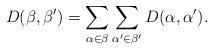
LaTeX: \begin{align*} D(\beta,\beta')=\sum_{\alpha\in\beta}\sum_{\alpha '\in\beta'}D(\alpha,\alpha ').\end{align*}